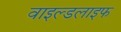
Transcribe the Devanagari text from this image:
वाइल्‍डलाइफ